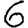
Digit: 6